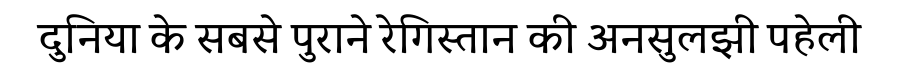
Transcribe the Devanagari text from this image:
दुनिया के सबसे पुराने रेगिस्तान की अनसुलझी पहेली